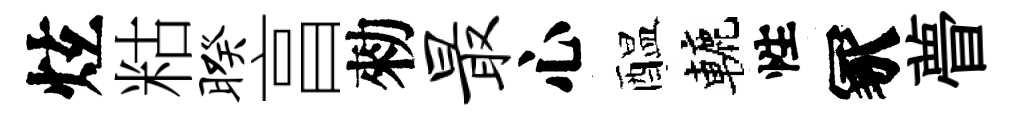
炫䊀暌亯勑最心醖轆性冢瞢